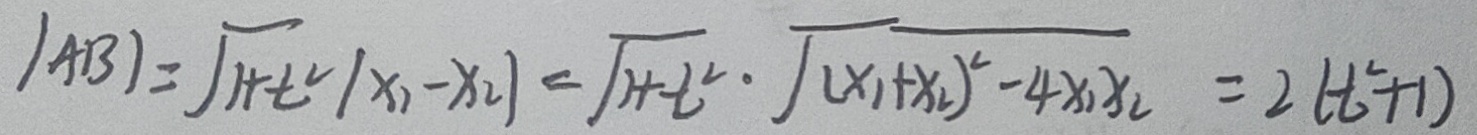
\vert A B \vert = \sqrt { 1 + t ^ { 2 } } \vert x _ { 1 } - x _ { 2 } \vert = \sqrt { 1 + t ^ { 2 } } \cdot \sqrt { ( x _ { 1 } + x _ { 2 } ) ^ { 2 } - 4 x _ { 1 } x _ { 2 } } = 2 ( t ^ { 2 } + 1 )